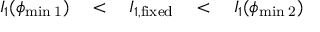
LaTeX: I _ { 1 } ( \phi _ { \mathrm { { m i n } \; 1 } } ) \quad < \quad I _ { 1 , \mathrm { f i x e d } } \quad < \quad I _ { 1 } ( \phi _ { \mathrm { { m i n } \; 2 } } )